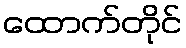
ထောက်တိုင်